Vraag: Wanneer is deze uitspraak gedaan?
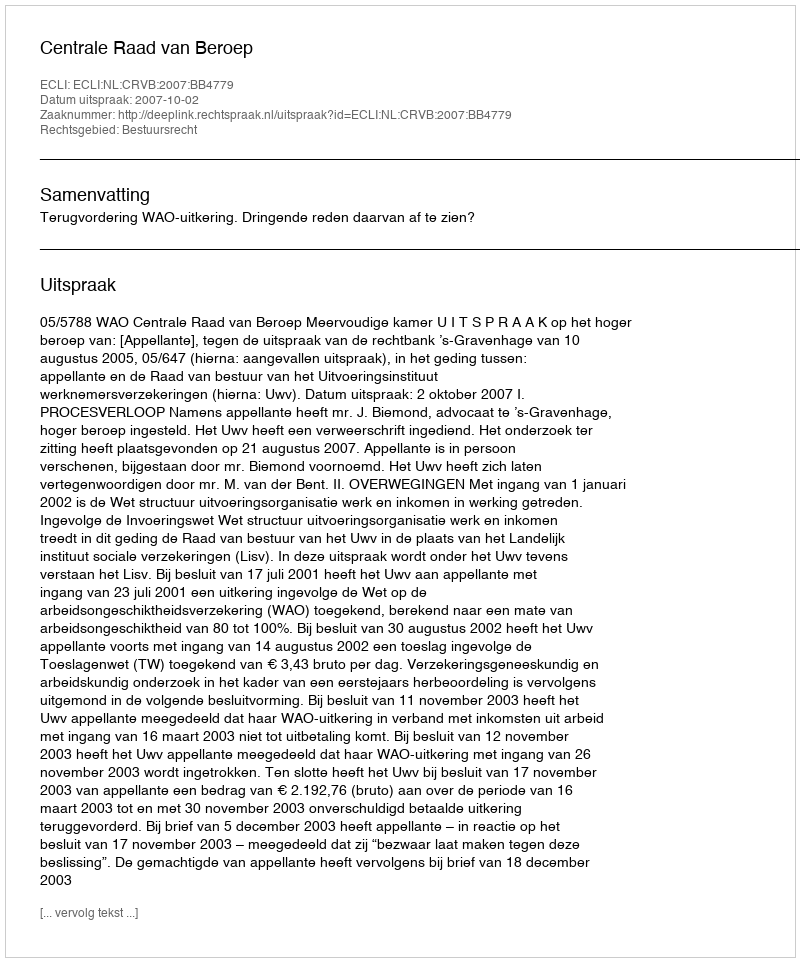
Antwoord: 2007-10-02